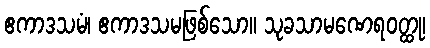
ဧကာဒသမံ၊ ဧကာဒသမဖြစ်သော။ သုခသာမဏေရဝတ္ထု၊